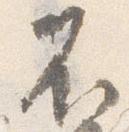
不